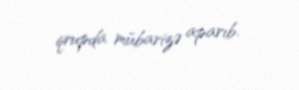
qrupda mübarizə aparıb.